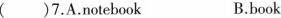
()7.A.notebook B.book